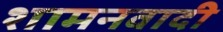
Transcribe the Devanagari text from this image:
शामनवादी